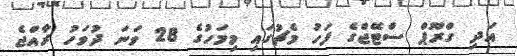
އަދި ގްރޫޕް ސްޓޭޖްގެ ފަހު މެޗުގައި މިމަހުގެ 28 ވަނަ ދުވަހު ރާއްޖެ